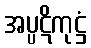
အပ္ပဋိကုဋ္ဌံ